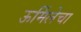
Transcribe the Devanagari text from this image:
ऊर्मिलेचा